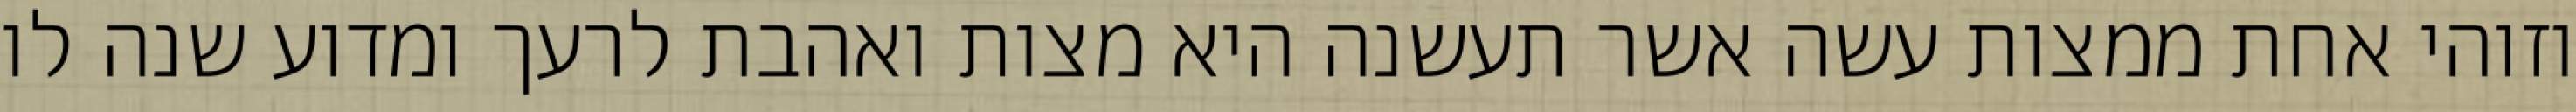
וזוהי אחת ממצות עשה אשר תעשנה היא מצות ואהבת לרעך ומדוע שנה לו